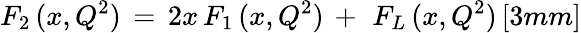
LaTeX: F_{2}\, (x,Q^{2})\, =\, 2x\, F_{1}\, (x,Q^{2})\, +\, \, F_{L}\, (x,Q^{2})\, [3mm]